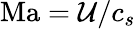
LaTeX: \mathrm{Ma}={\mathcal{U}}/{c_{s}}